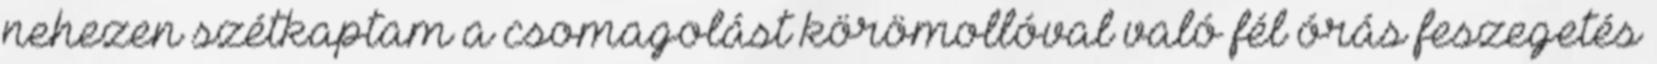
nehezen szétkaptam a csomagolást körömollóval való fél órás feszegetés